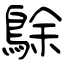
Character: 鵌